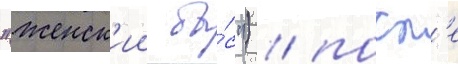
"женск'ии ба́с") / посл'е